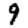
Digit: 9